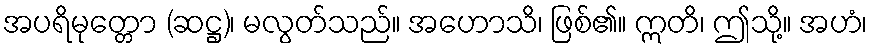
အပရိမုတ္တော (ဆဋ္ဌ)၊ မလွတ်သည်။ အဟောသိ၊ ဖြစ်၏။ ဣတိ၊ ဤသို့။ အဟံ၊